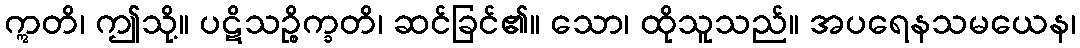
ဣတိ၊ ဤသို့။ ပဋိသဉ္စိက္ခတိ၊ ဆင်ခြင်၏။ သော၊ ထိုသူသည်။ အပရေနသမယေန၊